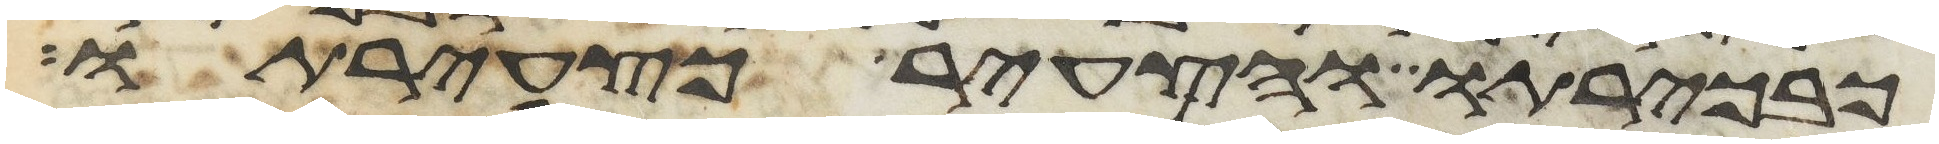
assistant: כבכירתו והצעיר כצעירתו